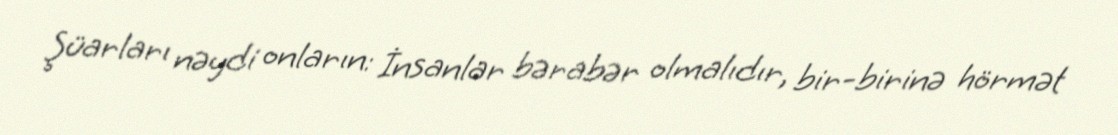
Şüarları nəydi onların: İnsanlar bərabər olmalıdır, bir-birinə hörmət